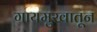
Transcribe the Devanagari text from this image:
गायमुखातून